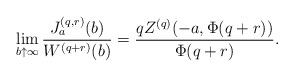
\begin{align*} \lim_{b\uparrow\infty}\frac{J_a^{(q,r)} (b)}{W^{(q+r)}(b)}=\frac{q Z^{(q)}(-a,\Phi(q+r)) }{\Phi(q+r)}. \end{align*}